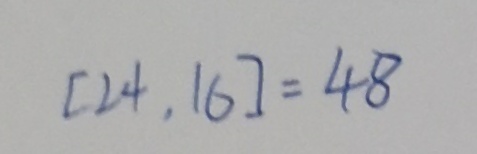
[ 2 4 , 1 6 ] = 4 8